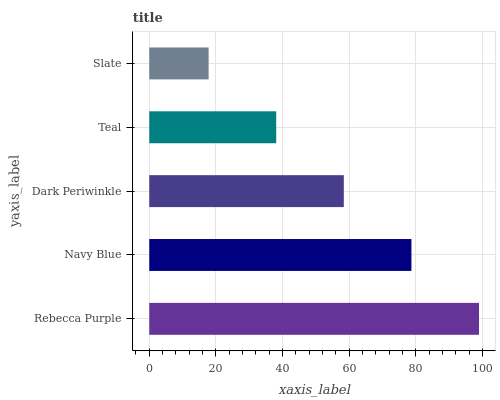
| yaxis_label | bars |
 | --- | --- |
 | Rebecca Purple | 99 |
 | Navy Blue | 78.7 |
 | Dark Periwinkle | 58.4 |
 | Teal | 38.1 |
 | Slate | 17.8 |